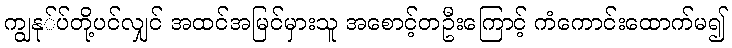
ကျွနု်ပ်တို့ပင်လျှင် အထင်အမြင်မှားသူ အစောင့်တဦးကြောင့် ကံကောင်းထောက်မ၍